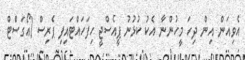
އެވިއަން އިން ދިހަ މީހުންނާ އެކު ކުޅުނު ޕީއެސްޖީ ހިފަހައްޓައިފި ޕެރިސް (އޯގަސްޓް